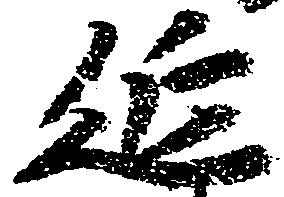
延